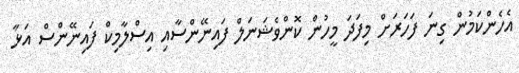
އެހެންކަމުން ގިނަ ފަހަރަށް މިފަދަ މީހުން ކޮންވެޝަނަލް ފައިނޭންސާއި އިސްލާމިކް ފައިނޭންސް އަޅާ